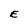
Character: E